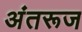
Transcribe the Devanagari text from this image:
अंतरूज